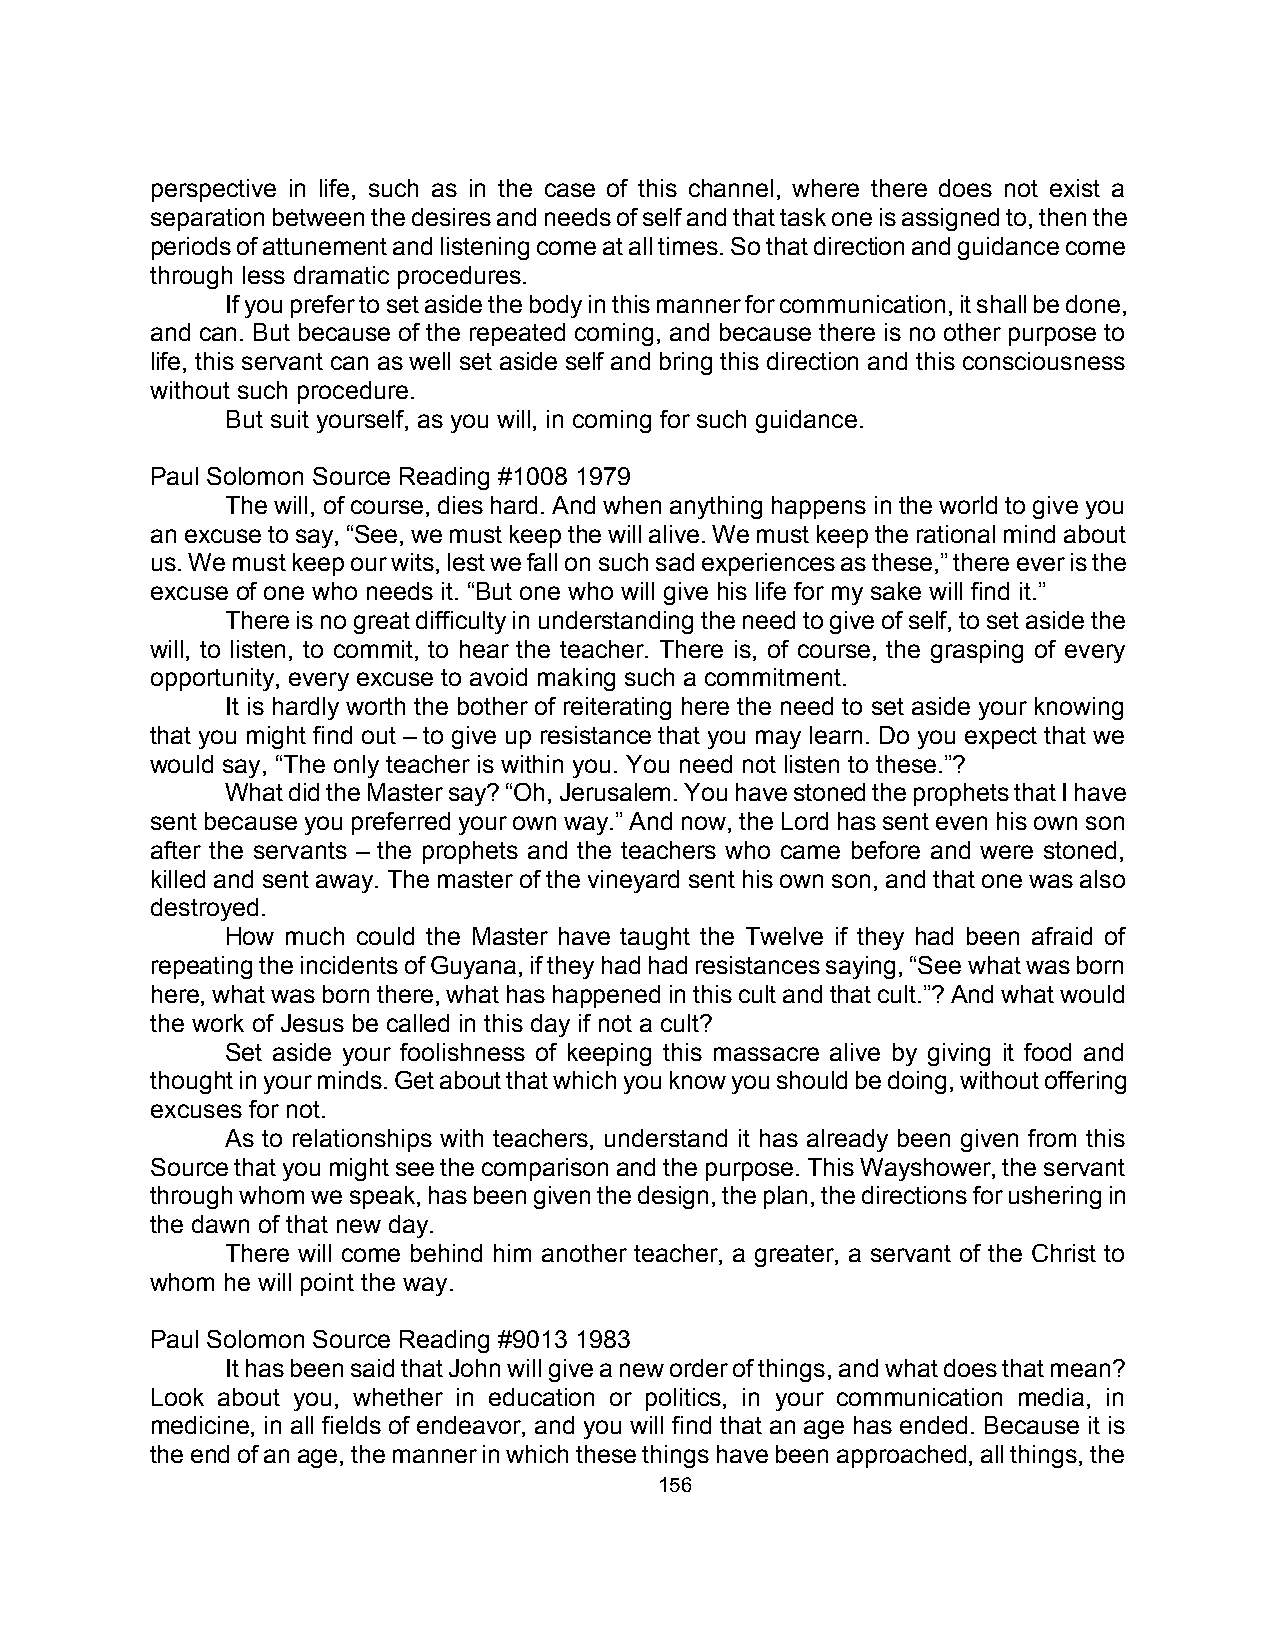
perspective in life, such as in the case of this channel, where there does not exist a
 separation between the desires and needs of self and that task one is assigned to, then the
 periods of attunement and listening come at all times. So that direction and guidance come
 through less dramatic procedures.
 If you prefer to set aside the body in this manner for communication, it shall be done,
 and can. But because of the repeated coming, and because there is no other purpose to
 life, this servant can as well set aside self and bring this direction and this consciousness
 without such procedure.
 But suit yourself, as you will, in coming for such guidance.
 Paul Solomon Source Reading #1008 1979
 The will, of course, dies hard. And when anything happens in the world to give you
 an excuse to say, “See, we must keep the will alive. We must keep the rational mind about
 us. We must keep our wits, lest we fall on such sad experiences as these,” there ever is the
 excuse of one who needs it. “But one who will give his life for my sake will find it.”
 There is no great difficulty in understanding the need to give of self, to set aside the
 will, to listen, to commit, to hear the teacher. There is, of course, the grasping of every
 opportunity, every excuse to avoid making such a commitment.
 It is hardly worth the bother of reiterating here the need to set aside your knowing
 that you might find out – to give up resistance that you may learn. Do you expect that we
 would say, “The only teacher is within you. You need not listen to these.”?
 What did the Master say? “Oh, Jerusalem. You have stoned the prophets that I have
 sent because you preferred your own way.” And now, the Lord has sent even his own son
 after the servants – the prophets and the teachers who came before and were stoned,
 killed and sent away. The master of the vineyard sent his own son, and that one was also
 destroyed.
 How much could the Master have taught the Twelve if they had been afraid of
 repeating the incidents of Guyana, if they had had resistances saying, “See what was born
 here, what was born there, what has happened in this cult and that cult.”? And what would
 the work of Jesus be called in this day if not a cult?
 Set aside your foolishness of keeping this massacre alive by giving it food and
 thought in your minds. Get about that which you know you should be doing, without offering
 excuses for not.
 As to relationships with teachers, understand it has already been given from this
 Source that you might see the comparison and the purpose. This Wayshower, the servant
 through whom we speak, has been given the design, the plan, the directions for ushering in
 the dawn of that new day.
 There will come behind him another teacher, a greater, a servant of the Christ to
 whom he will point the way.
 Paul Solomon Source Reading #9013 1983
 It has been said that John will give a new order of things, and what does that mean?
 Look about you, whether in education or politics, in your communication media, in
 medicine, in all fields of endeavor, and you will find that an age has ended. Because it is
 the end of an age, the manner in which these things have been approached, all things, the
 156